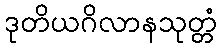
ဒုတိယဂိလာနသုတ္တံ